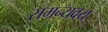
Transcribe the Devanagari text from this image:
समन्यवय